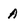
Character: A